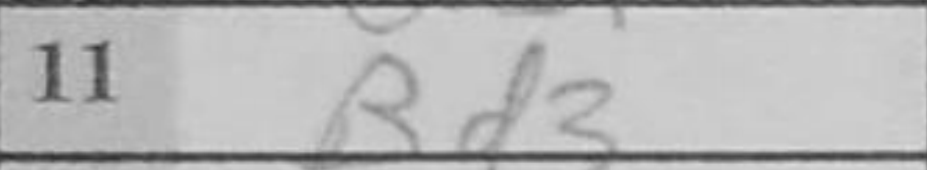
Transcription: Bd3